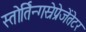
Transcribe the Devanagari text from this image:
स्तोर्तिन्गस्रेप्रेजेंतेटर